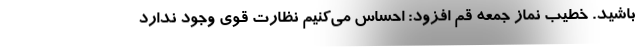
باشید. خطیب نماز جمعه قم افزود: احساس می‌کنیم نظارت قوی وجود ندارد